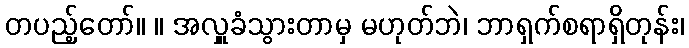
တပည့်တော်။ ။ အလှူခံသွားတာမှ မဟုတ်ဘဲ၊ ဘာရှက်စရာရှိတုန်း၊